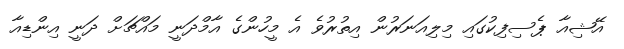
އޭޝިއާ ޕެސިފިކުގައި މިލިއަނަރުން އިތުރުވެ އެ މީހުންގެ އާމްދަނީ މައްޗަށް ދަނީ އިންޑިއާ